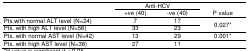
<table><thead><tr><td rowspan="3"></td><td colspan="2"><b>Anti-HCV</b></td><td rowspan="3"><b>P value</b></td></tr><tr><td><b>+ve (40)</b></td><td><b>-ve (40)</b></td></tr></thead><tbody><tr><td>Pts.with normal ALT level (N=24)</td><td>7</td><td>17</td><td rowspan="2">0.027*</td></tr><tr><td>Pts. with high ALT level (N=56)</td><td>33</td><td>23</td></tr><tr><td>Pts. with normal AST level (N=42)</td><td>13</td><td>29</td><td>0.001*</td></tr><tr><td>Pts. with high AST level (N=38)</td><td>27</td><td>11</td><td></td></tr></tbody></table>